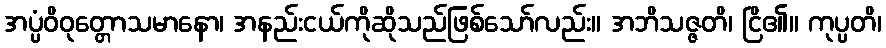
အပ္ပံဝိဝုတ္တောသမာနော၊ အနည်းငယ်ကိုဆိုသည်ဖြစ်သော်လည်း။ အဘိသဇ္ဇတိ၊ ငြိ၏။ ကုပ္ပတိ၊